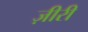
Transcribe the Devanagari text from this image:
ज़ीरी